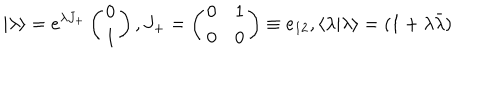
\vert \lambda \rangle = { e ^ { \lambda { J _ { + } } } } \left( \begin{matrix} { { 0 } } \\ { { 1 } } \\ \end{matrix} \right) , { J _ { + } } = \left( \begin{matrix} { { 0 } } & { { 1 } } \\ { { 0 } } & { { 0 } } \\ \end{matrix} \right) \equiv { e _ { 1 2 } } , \langle \lambda \vert \lambda \rangle = ( 1 + { \lambda } { \bar { \lambda } } )